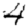
Digit: 4